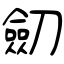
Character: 劒